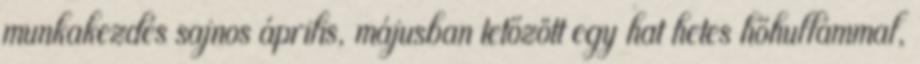
munkakezdés sajnos április, májusban tetőzött egy hat hetes hőhullámmal,